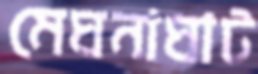
মেঘনাঘাট